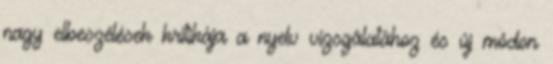
nagy elbeszélések kritikája a nyelv vizsgálatához és új módon